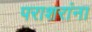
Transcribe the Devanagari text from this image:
पराशरांना